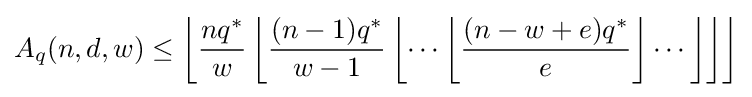
A_{q}(n,d,w)\leq \left\lfloor {\frac {nq^{*}}{w}}\left\lfloor {\frac {(n-1)q^{*}}{w-1}}\left\lfloor \cdots \left\lfloor {\frac {(n-w+e)q^{*}}{e}}\right\rfloor \cdots \right\rfloor \right\rfloor \right\rfloor